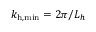
k _ { \mathrm { h , m i n } } = 2 \pi / L _ { h }